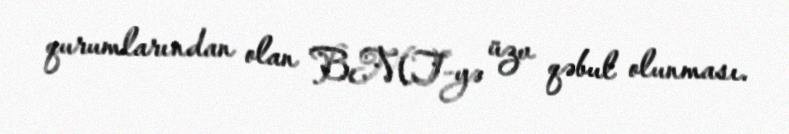
qurumlarından olan BMT-yə üzv qəbul olunması.